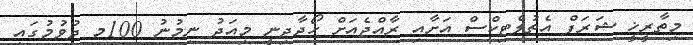
މިތާރީޚީ ޝަރަފް އެތުލެޓިކްސް އަށާއި ރާއްޖެއަށް ހޯދާދިނީ މިއަދު ނިމުނު 100މ ދުވުމުގައި